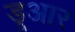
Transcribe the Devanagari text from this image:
डूआर